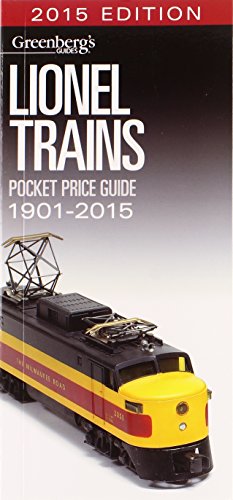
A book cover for Lionel Trains Pocket Price Guide 1901-2015 (Greenberg's Pocket Price Guide Lionel Trains); Kalmbach Books; Crafts, Hobbies & Home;